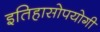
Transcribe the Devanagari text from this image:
इतिहासोपयोगी